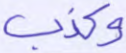
وكذب